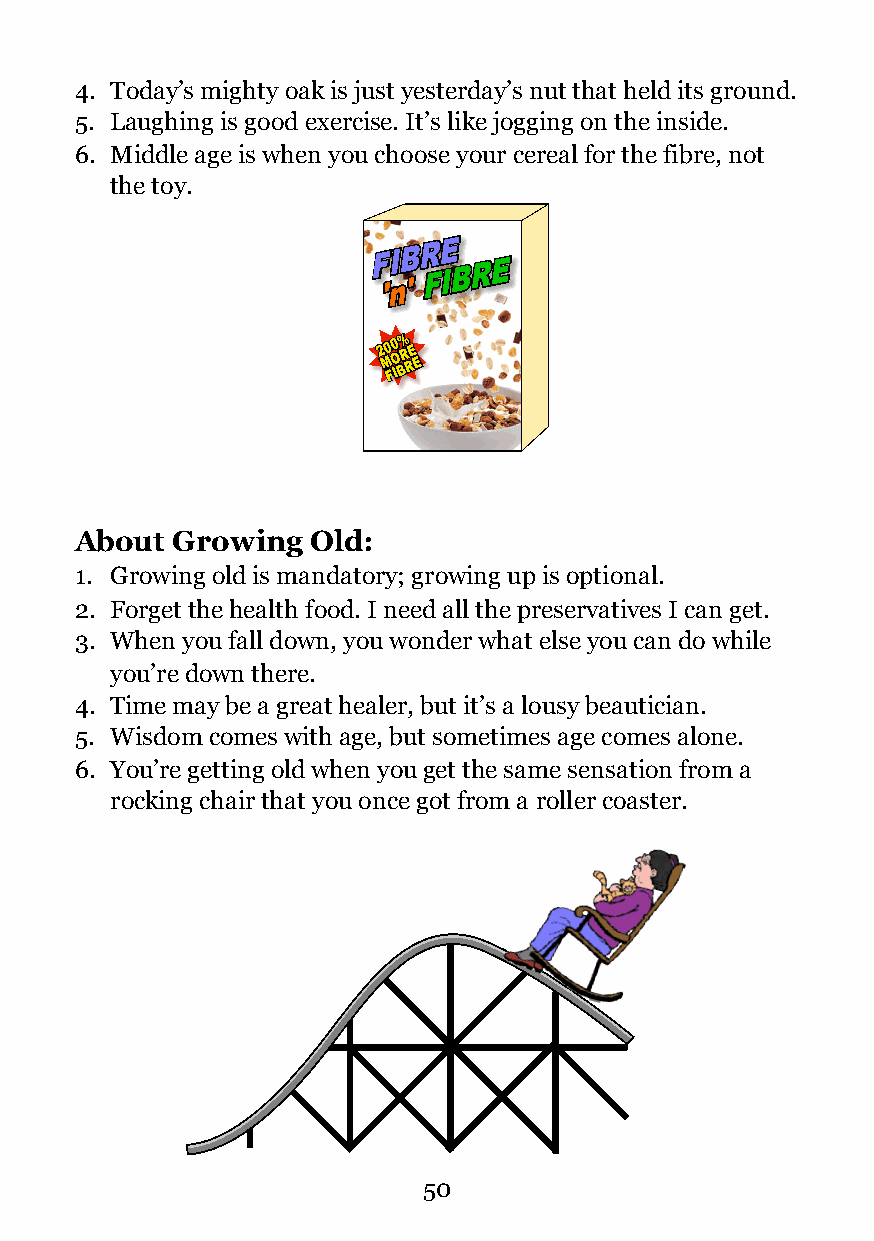
4. Today’s mighty oak is just yesterday’s nut that held its ground.
 5. Laughing is good exercise. It’s like jogging on the inside.
 6. Middle age is when you choose your cereal for the fibre, not
 the toy.
 22 MM00 FFOO II00 BB%% RR RREE EE
 !
 About Growing   Old:
 1. Growing old is mandatory; growing up is optional.
 2. Forget the health food. I need all the preservatives I can get.
 3. When you fall down, you wonder what else you can do while
 you’re down there.
 4. Time may be a great healer, but it’s a lousy beautician.
 5. Wisdom comes with age, but sometimes age comes alone.
 6. You’re getting old when you get the same sensation from a
 rocking chair that you once got from a roller coaster.
 !
 !50
 FF
 ''
 IInn BB
 ''
 RRFF EEII BB RR EE